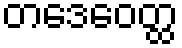
တဒေဝေတ္ထ